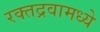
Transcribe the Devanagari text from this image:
रक्तद्रवामध्ये